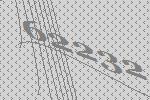
62232